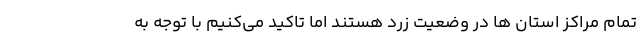
تمام مراکز استان ها در وضعیت زرد هستند اما تاکید می‌کنیم با توجه به